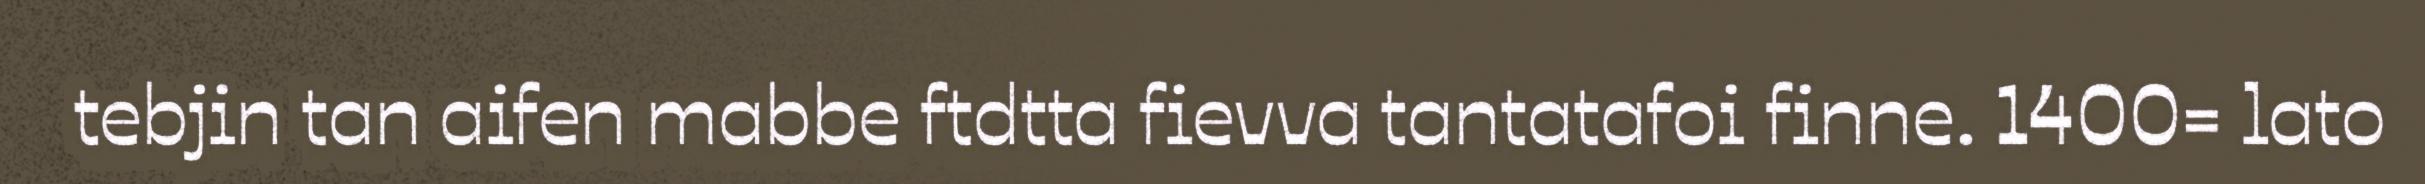
tebjin tan aifen mabbe ftdtta fievva tantatafoi finne. 1400= lato